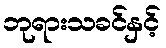
ဘုရားသခင်နှင့်